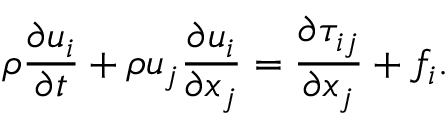
\rho \frac { \partial u _ { i } } { \partial t } + \rho u _ { j } \frac { \partial u _ { i } } { \partial x _ { j } } = \frac { \partial \tau _ { i j } } { \partial x _ { j } } + f _ { i } .